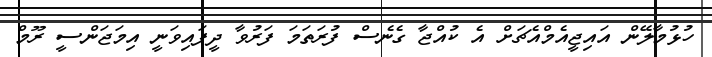
ހުޅުމާލޭން އައިޖީއެމްއެޗަށް އެ ކުއްޖާ ގެނެސް ފުރަތަމަ ފަރުވާ ދީފައިވަނީ އިމަޖަންސީ ރޫމް